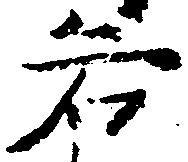
若